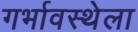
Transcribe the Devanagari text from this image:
गर्भावस्थेला